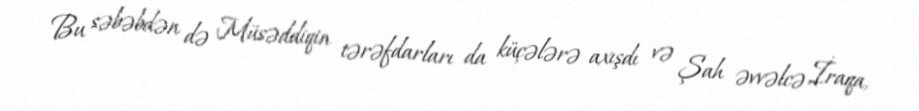
Bu səbəbdən də Müsəddiqin tərəfdarları da küçələrə axışdı və Şah əvvəlcə İraqa,